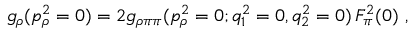
g _ { \rho } ( p _ { \rho } ^ { 2 } = 0 ) = 2 g _ { \rho \pi \pi } ( p _ { \rho } ^ { 2 } = 0 ; q _ { 1 } ^ { 2 } = 0 , q _ { 2 } ^ { 2 } = 0 ) \, F _ { \pi } ^ { 2 } ( 0 ) \ ,